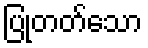
ပြုတတ်သော